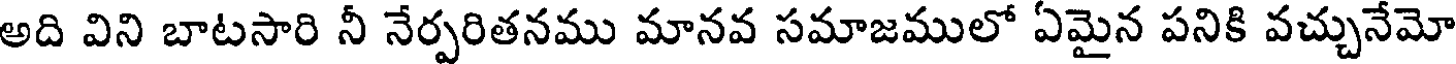
అది విని బాటసారి నీ నేర్పరితనము మానవ సమాజములో ఏమైన పనికి వచ్చునేమో